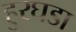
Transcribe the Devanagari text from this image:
हुरघडा